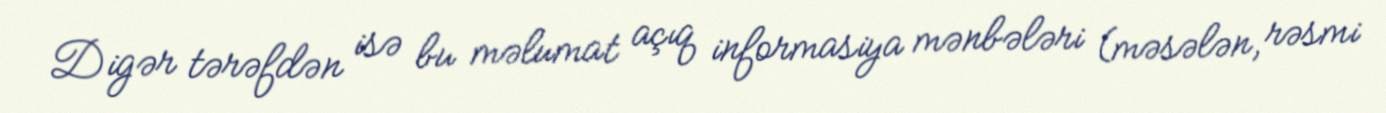
Digər tərəfdən isə bu məlumat açıq informasiya mənbələri (məsələn, rəsmi